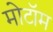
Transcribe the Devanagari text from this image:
मोटॉम